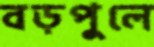
বড়পুলে